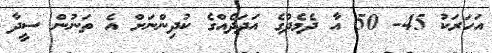
އަހަރަކު 45- 50 އާ ދެމެދުގެ އަދަދެއްގެ ކުދިންނަށް އެ ތަނުން ސީދާ